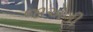
જાએગી